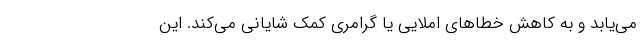
می‌یابد و به کاهش خطاهای املایی یا گرامری کمک شایانی می‌کند. این